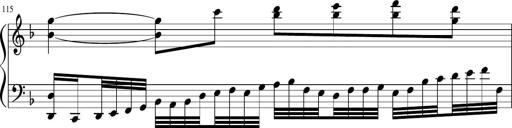
Title: Sonatina in F major
Composer: Ethan Ngo
Key: F major